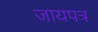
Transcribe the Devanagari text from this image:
जायपत्र